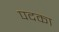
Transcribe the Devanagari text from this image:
पदका